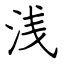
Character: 浅